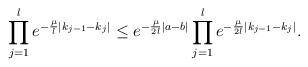
LaTeX: \begin{align*}\prod_{j=1}^{l} e^{-\frac{\mu}{l}|k_{j-1}-k_j|} \leq e^{-\frac{\mu}{2l}|a-b|} \prod_{j=1}^{l} e^{-\frac{\mu}{2l}|k_{j-1}-k_j|}.\end{align*}